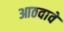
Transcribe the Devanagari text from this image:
आठवावे